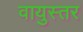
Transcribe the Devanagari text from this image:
वायुस्तर